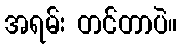
အရမ်း တင်တာပဲ။